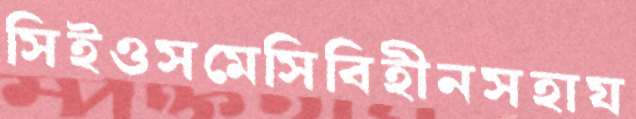
সিইওসমেসিবিহীনসহায